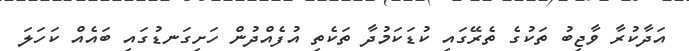
އަދާކުރާ ވާޖިބު ތަކުގެ ތެރޭގައި ކުޑަކަމުދާ ތަކެތި އުފެއްދުން ހަށިގަނޑުގައި ބައެއް ކަހަލަ